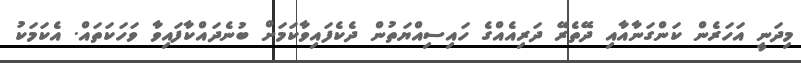
މިދަނީ އަހަރެން ކަންގަނާއާއި ދޭތެރޭ ދަރިއެއްގެ ހައިސިއްޔަތުން ދެކެފައިވާކަމަށް ބުނެދައްކާފައިވާ ވަހަކަތައް. އެކަމަކު